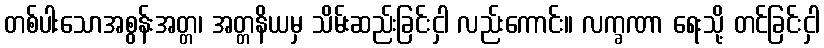
တစ်ပါးသောအစွန်းအတ္တ၊ အတ္တနိယမှ သိမ်းဆည်းခြင်းငှါ လည်းကောင်း။ လက္ခဏာ ရေးသို့ တင်ခြင်းငှါ